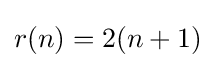
{\textstyle r(n)=2(n+1)}